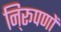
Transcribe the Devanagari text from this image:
नि्रूपणों